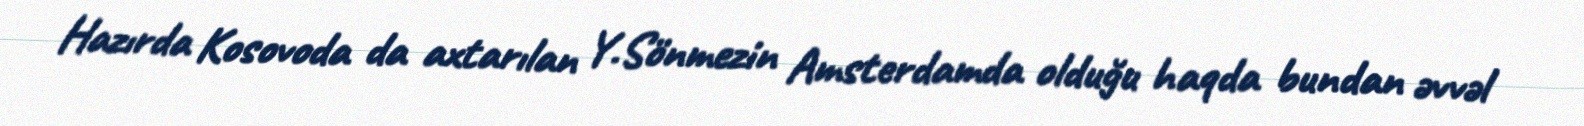
Hazırda Kosovoda da axtarılan Y.Sönmezin Amsterdamda olduğu haqda bundan əvvəl